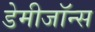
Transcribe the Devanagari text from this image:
डेमीजॉन्स